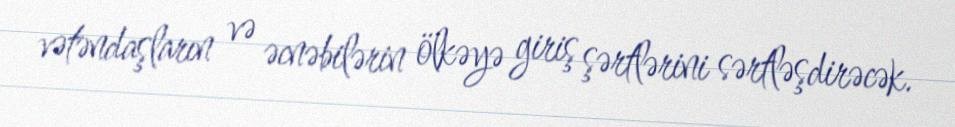
vətəndaşların və əcnəbilərin ölkəyə giriş şərtlərini sərtləşdirəcək.